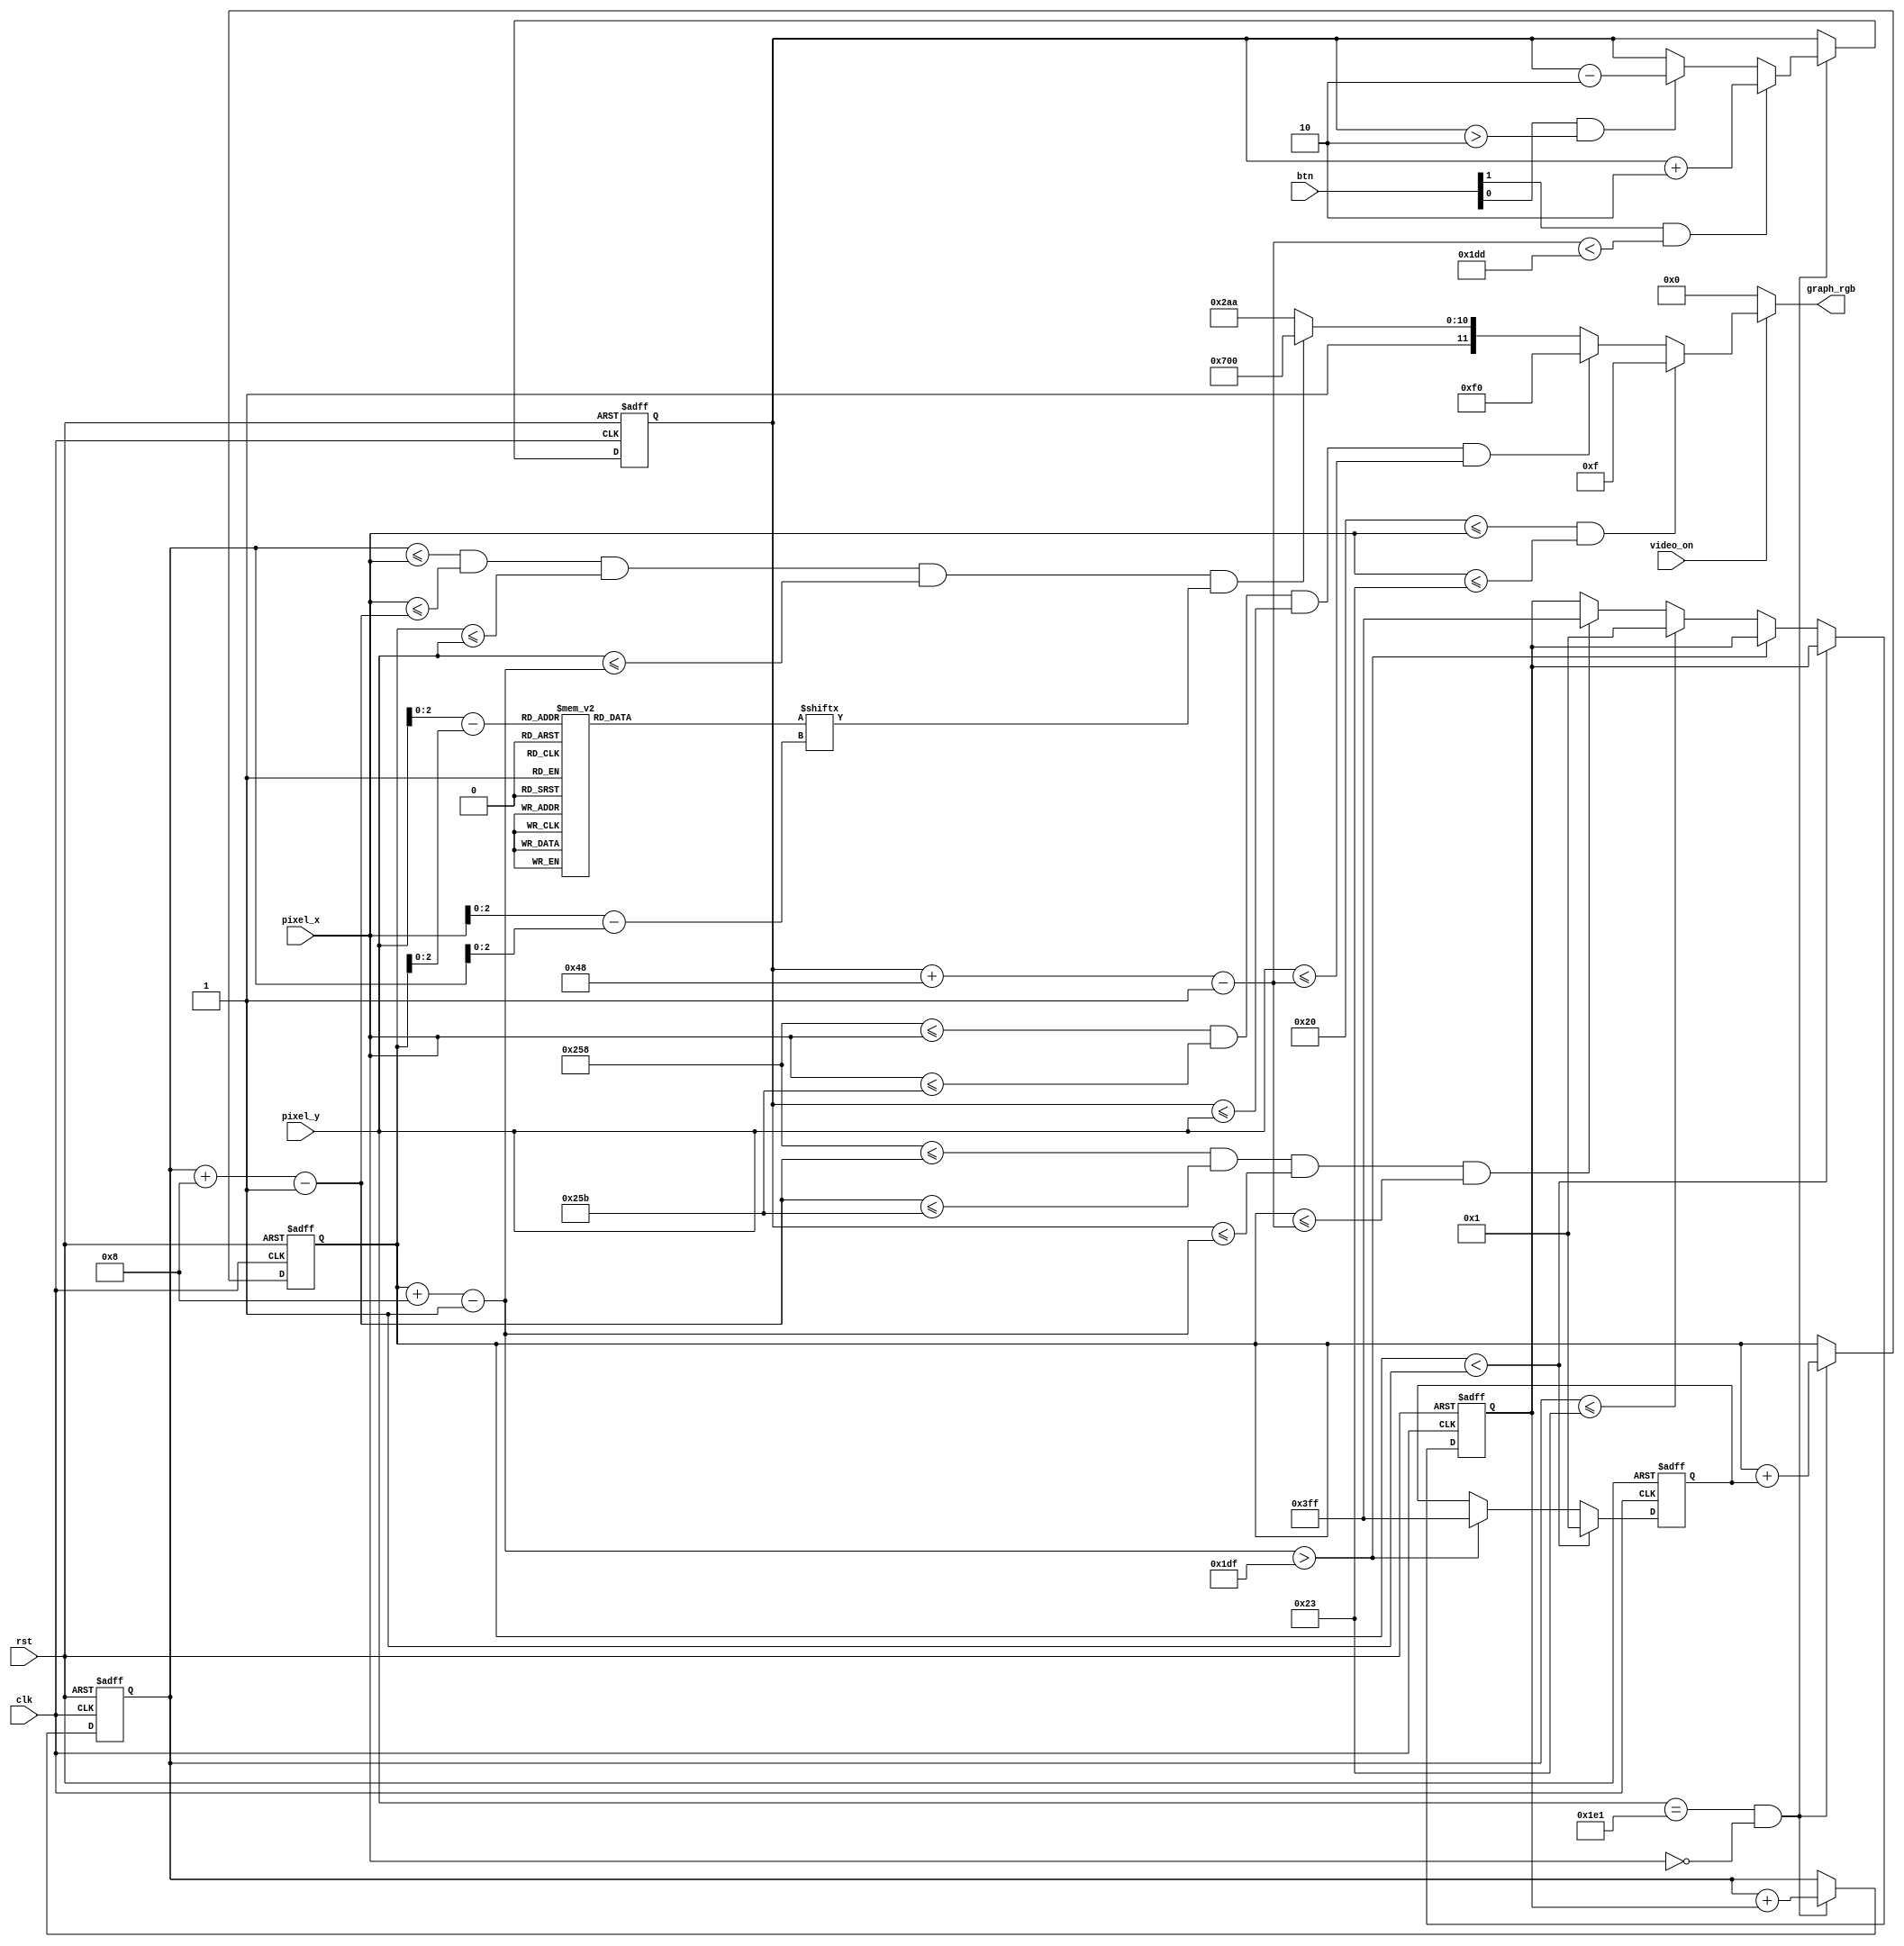
`timescale 1ns / 1ps
//***************************************************************//
//                                                               // 
//  Created by       Nguyen Doan on 10/29/2019	                 //
//  Copyright @ 2019 Nguyen Doan. All rights reserved,           //
//                                                               // 
//  In submiting this file for class work ar CSULB               //
//  I am confirming that this is my work based on Pong Chu's     //
//  pong_graph_animate. In submitting this code I acknowledge that    //
//  plagiarism in student project work is subject to dismissal 	 //
//  from the class                                               //    
//***************************************************************//


module pong_graph_animate(clk, rst, btn, video_on, pixel_x, pixel_y, graph_rgb);

    input                clk, rst;
    input        [1:0]   btn;
    input                video_on;
    input        [9:0]   pixel_x, pixel_y;
    output reg  [11:0]   graph_rgb;
    
    // constant and signal decleration
    // x, y coordinates (0,0) to (639,479)
    localparam  MAX_X = 640;
    localparam  MAX_Y = 480;
    
    ///////////////////////////////////////
    // Object output signals
    ///////////////////////////////////////
    wire         wall_on, paddle_on, sq_ball_on, rd_ball_on;
    wire  [11:0] wall_rgb, paddle_rgb, ball_rgb;
    wire   [9:0] paddle_y_t, paddle_y_b;
    // register to track to boundary 
    reg    [9:0] paddle_y_reg, paddle_y_next;
    // Reg to track left and top position
    reg    [9:0] ball_x_reg, ball_y_reg;
    wire   [9:0] ball_x_next, ball_y_next;
    // Reg to track ball speed 
    reg    [9:0] x_delta_reg, x_delta_next;
    reg    [9:0] y_delta_reg, y_delta_next;
    wire         refr_tick;
    
    // registers
    always @(posedge clk, posedge rst)
        if (rst)
            begin
                paddle_y_reg <= 10'd204;
                ball_x_reg <= 0;
                ball_y_reg <= 0;
                x_delta_reg <= 10'h2;
                y_delta_reg <= 10'h2;
            end
         else 
            begin
                paddle_y_reg <= paddle_y_next;
                ball_x_reg <= ball_x_next;
                ball_y_reg <= ball_y_next;
                x_delta_reg <= x_delta_next;
                y_delta_reg <= y_delta_next;
            end
       
    // refr_tick: 1-clock tick asserted at start of v_sync
    //              i.e when the screen is refreshed (60Hz)
    assign refr_tick = (pixel_y == 481) && (pixel_x == 0);
    
    ///////////////////////////////////////
    //  Wall
    ///////////////////////////////////////
    // Wall left, right boundary
    localparam WALL_X_L = 32;
    localparam WALL_X_R = 35;
    
    assign wall_on = (WALL_X_L <= pixel_x) && (pixel_x <= WALL_X_R);
    // wall rgb output
    assign wall_rgb = 12'h00f; // GREEN
    
    ///////////////////////////////////////
    // Paddle
    ///////////////////////////////////////
    // Paddle left, right boundary
    localparam PADDLE_X_L = 600;
    localparam PADDLE_X_R = 603;
    // Paddle top, bottom boundary
    localparam PADDLE_Y_SIZE = 72;
    localparam PADDLE_Y_T = MAX_Y/2 - PADDLE_Y_SIZE/2; // 204
    localparam PADDLE_Y_B = PADDLE_Y_T + PADDLE_Y_SIZE - 1; // 276  
 
    // paddle moving velocity when a button is presses
    localparam  PADDLE_V = 2; //4
    
    assign paddle_y_t = paddle_y_reg;
    assign paddle_y_b = paddle_y_t + PADDLE_Y_SIZE - 1;
    assign paddle_on = (PADDLE_X_L <= pixel_x) && (pixel_x <= PADDLE_X_R) &&
                       (paddle_y_t <= pixel_y) && (pixel_y <= paddle_y_b);
    // new bar y-position
    always @*
    begin 
        paddle_y_next = paddle_y_reg;
        if (refr_tick)
            if (btn[1] & (paddle_y_b < (MAX_Y -1 - PADDLE_V)))
                paddle_y_next = paddle_y_reg + PADDLE_V; // move down
            else if (btn[0] & (paddle_y_t > PADDLE_V))
                paddle_y_next = paddle_y_reg - PADDLE_V; // move up  
    end
                  
    // Paddle rgb output 
    assign paddle_rgb = 12'h0f0;   // RED
    
    ///////////////////////////////////////
    // Round  ball
    ///////////////////////////////////////
    localparam BALL_SIZE = 8;
    // Ball left, right boundary
    wire [9:0]  ball_x_l, ball_x_r;  
    // ball top, bottom boundary
    wire [9:0]  ball_y_t, ball_y_b;

    // ball velocity can be pos or neg 
    localparam BALL_V_P = 1;  // 2 
    localparam BALL_V_N = -1; //-2
    // Round ball configuration
    wire [2:0]  rom_addr, rom_col;
    wire        rom_bit;
    reg  [7:0]  rom_data;
    
    // rom ball image ROM
    always @*
        case(rom_addr) 
            3'h0: rom_data = 8'b00111100;
            3'h1: rom_data = 8'b01111110;
            3'h2: rom_data = 8'b11111111;
            3'h3: rom_data = 8'b11111111;
            3'h4: rom_data = 8'b11111111;
            3'h5: rom_data = 8'b11111111;
            3'h6: rom_data = 8'b01111110;
            3'h7: rom_data = 8'b00111100;
        endcase
    // boundary
    assign ball_x_l = ball_x_reg;
    assign ball_y_t = ball_y_reg;
    assign ball_x_r = ball_x_l + BALL_SIZE - 1;
    assign ball_y_b = ball_y_t + BALL_SIZE - 1;
    // map current pixel location to ROM addr/col
    assign rom_addr = pixel_y[2:0] - ball_y_t[2:0];
    assign rom_col = pixel_x[2:0] - ball_x_l[2:0];
    assign rom_bit = rom_data[rom_col];
    // pixel within ball 
    assign rd_ball_on = sq_ball_on & rom_bit;
    // pixel within ball 
    assign sq_ball_on = (ball_x_l <= pixel_x) && (pixel_x <= ball_x_r) &&
                        (ball_y_t <= pixel_y) && (pixel_y <= ball_y_b);
    assign ball_rgb = 12'hf00;  //BLUE
    // new ball position
    assign ball_x_next = (refr_tick) ? ball_x_reg + x_delta_reg : ball_x_reg;
    assign ball_y_next = (refr_tick) ? ball_y_reg + y_delta_reg : ball_y_reg;
    
    // new ball velocity
    always @*
    begin
        x_delta_next = x_delta_reg;
        y_delta_next = y_delta_reg;
        if (ball_y_t < 1) // reach top
            y_delta_next = BALL_V_P;
        else if (ball_y_b > (MAX_Y - 1)) // reach bottom
            y_delta_next = BALL_V_N;
        else if (ball_x_l <= WALL_X_R)  //reach wall
            x_delta_next = BALL_V_P;    // bounce back
        else if ((PADDLE_X_L <= ball_x_r) && (ball_x_r <= PADDLE_X_R) &&
                 (paddle_y_t <= ball_y_b) && (ball_y_t <= paddle_y_b))
            // reach x of right bar and hit, ball bounce back
            x_delta_next = BALL_V_N;
    end
   
    ///////////////////////////////////////
    // rgb multiplexing
    ///////////////////////////////////////
    always @*
        if (~video_on)
            graph_rgb = 12'h0;
        else 
            if (wall_on)
                graph_rgb = wall_rgb;
            else if (paddle_on)
                graph_rgb = paddle_rgb;
            else if (rd_ball_on)
                graph_rgb = ball_rgb;
            else 
                graph_rgb = 12'haaa;
        
endmodule